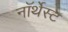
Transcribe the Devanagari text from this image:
नॉर्थेस्ट